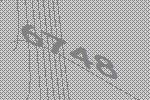
6748